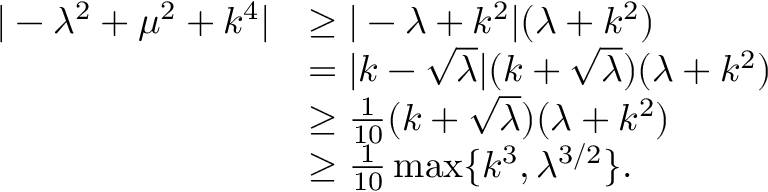
\begin{array} { r l } { | - \lambda ^ { 2 } + \mu ^ { 2 } + k ^ { 4 } | } & { \geq | - \lambda + k ^ { 2 } | ( \lambda + k ^ { 2 } ) } \\ & { = | k - \sqrt { \lambda } | ( k + \sqrt { \lambda } ) ( \lambda + k ^ { 2 } ) } \\ & { \geq \frac { 1 } { 1 0 } ( k + \sqrt { \lambda } ) ( \lambda + k ^ { 2 } ) } \\ & { \geq \frac { 1 } { 1 0 } \operatorname* { m a x } \{ k ^ { 3 } , \lambda ^ { 3 / 2 } \} . } \end{array}